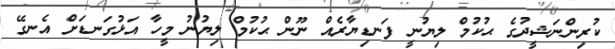
ކުރިންނަޝީދުގެ ޙުކުމް ލިޔުނީ ފަނޑިޔާރެއް ނޫން ޙުކުމް ލިޔުނު މީހާ އަޅުގަނޑަށް އެނގޭ